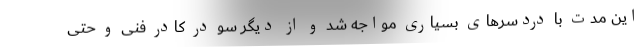
این مدت با دردسر‌های بسیاری مواجه شد و از دیگر سو در کادر فنی و حتی